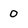
Character: 0